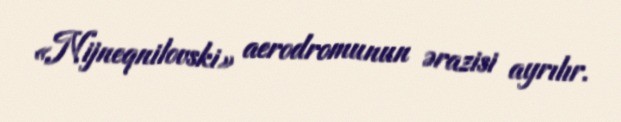
«Nijneqnilovski» aerodromunun ərazisi ayrılır.